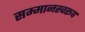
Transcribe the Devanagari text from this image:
सम्‍मानस्‍वरूप